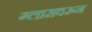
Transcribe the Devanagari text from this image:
ग्लासवरून